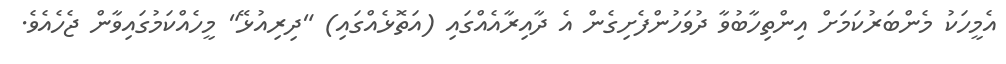
އެމީހަކު މެންބަރުކަމަށް އިންތިހާބުވާ ދުވަހުންފެށިގެން އެ ދާއިރާއެއްގައި (އަތޮޅެއްގައި) "ދިރިއުޅޭ" މީހެއްކަމުގައިވާން ޖެހެއެވެ.